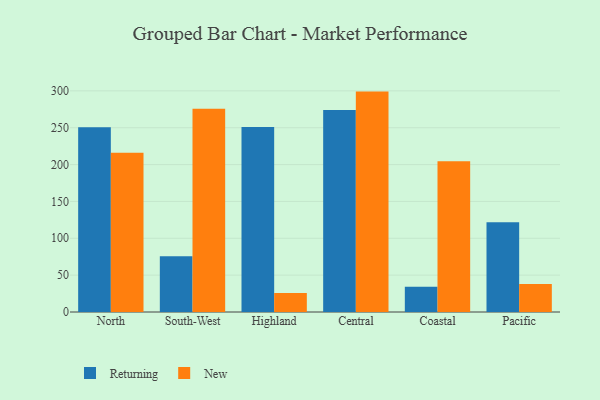
{"axis": {"x": "Region", "y": "Headcount"}, "legend": ["New", "Returning"], "data": [{"x": "North", "y": 250.6, "type": "Returning"}, {"x": "North", "y": 216.2, "type": "New"}, {"x": "South-West", "y": 75.6, "type": "Returning"}, {"x": "South-West", "y": 275.9, "type": "New"}, {"x": "Highland", "y": 251.1, "type": "Returning"}, {"x": "Highland", "y": 25.7, "type": "New"}, {"x": "Central", "y": 273.9, "type": "Returning"}, {"x": "Central", "y": 299.0, "type": "New"}, {"x": "Coastal", "y": 34.3, "type": "Returning"}, {"x": "Coastal", "y": 204.6, "type": "New"}, {"x": "Pacific", "y": 121.9, "type": "Returning"}, {"x": "Pacific", "y": 38.0, "type": "New"}]}